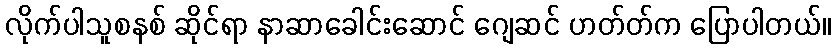
လိုက်ပါသူစနစ် ဆိုင်ရာ နာဆာခေါင်းဆောင် ဂျေဆင် ဟတ်တ်က ပြောပါတယ်။